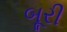
બૂરી